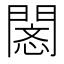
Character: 𢡥